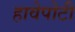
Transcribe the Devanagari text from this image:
हावेपोटी